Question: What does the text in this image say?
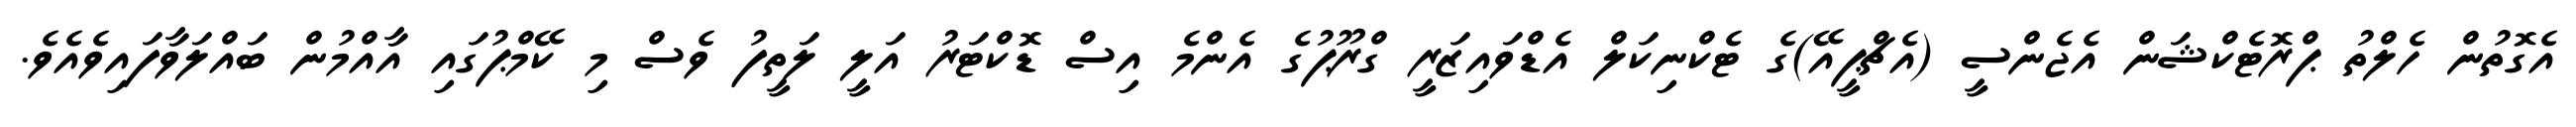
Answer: އެގޮތުން ހެލްތު ޕްރޮޓެކްޝަން އެޖެންސީ (އެޗްޕީއޭ)ގެ ޓެކްނިކަލް އެޑްވައިޒަރީ ގްރޫޕުގެ އެންމެ އިސް ޑޮކްޓަރު އަލީ ލަތީފު ވެސް މި ކޭމްޕުގައި އާއްމުން ބައްލަވާފައިވެއެވެ.